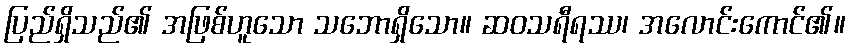
ပြည်ရှိသည်၏ အဖြစ်ဟူသော သဘောရှိသော။ ဆဝသရီရဿ၊ အလောင်းကောင်၏။